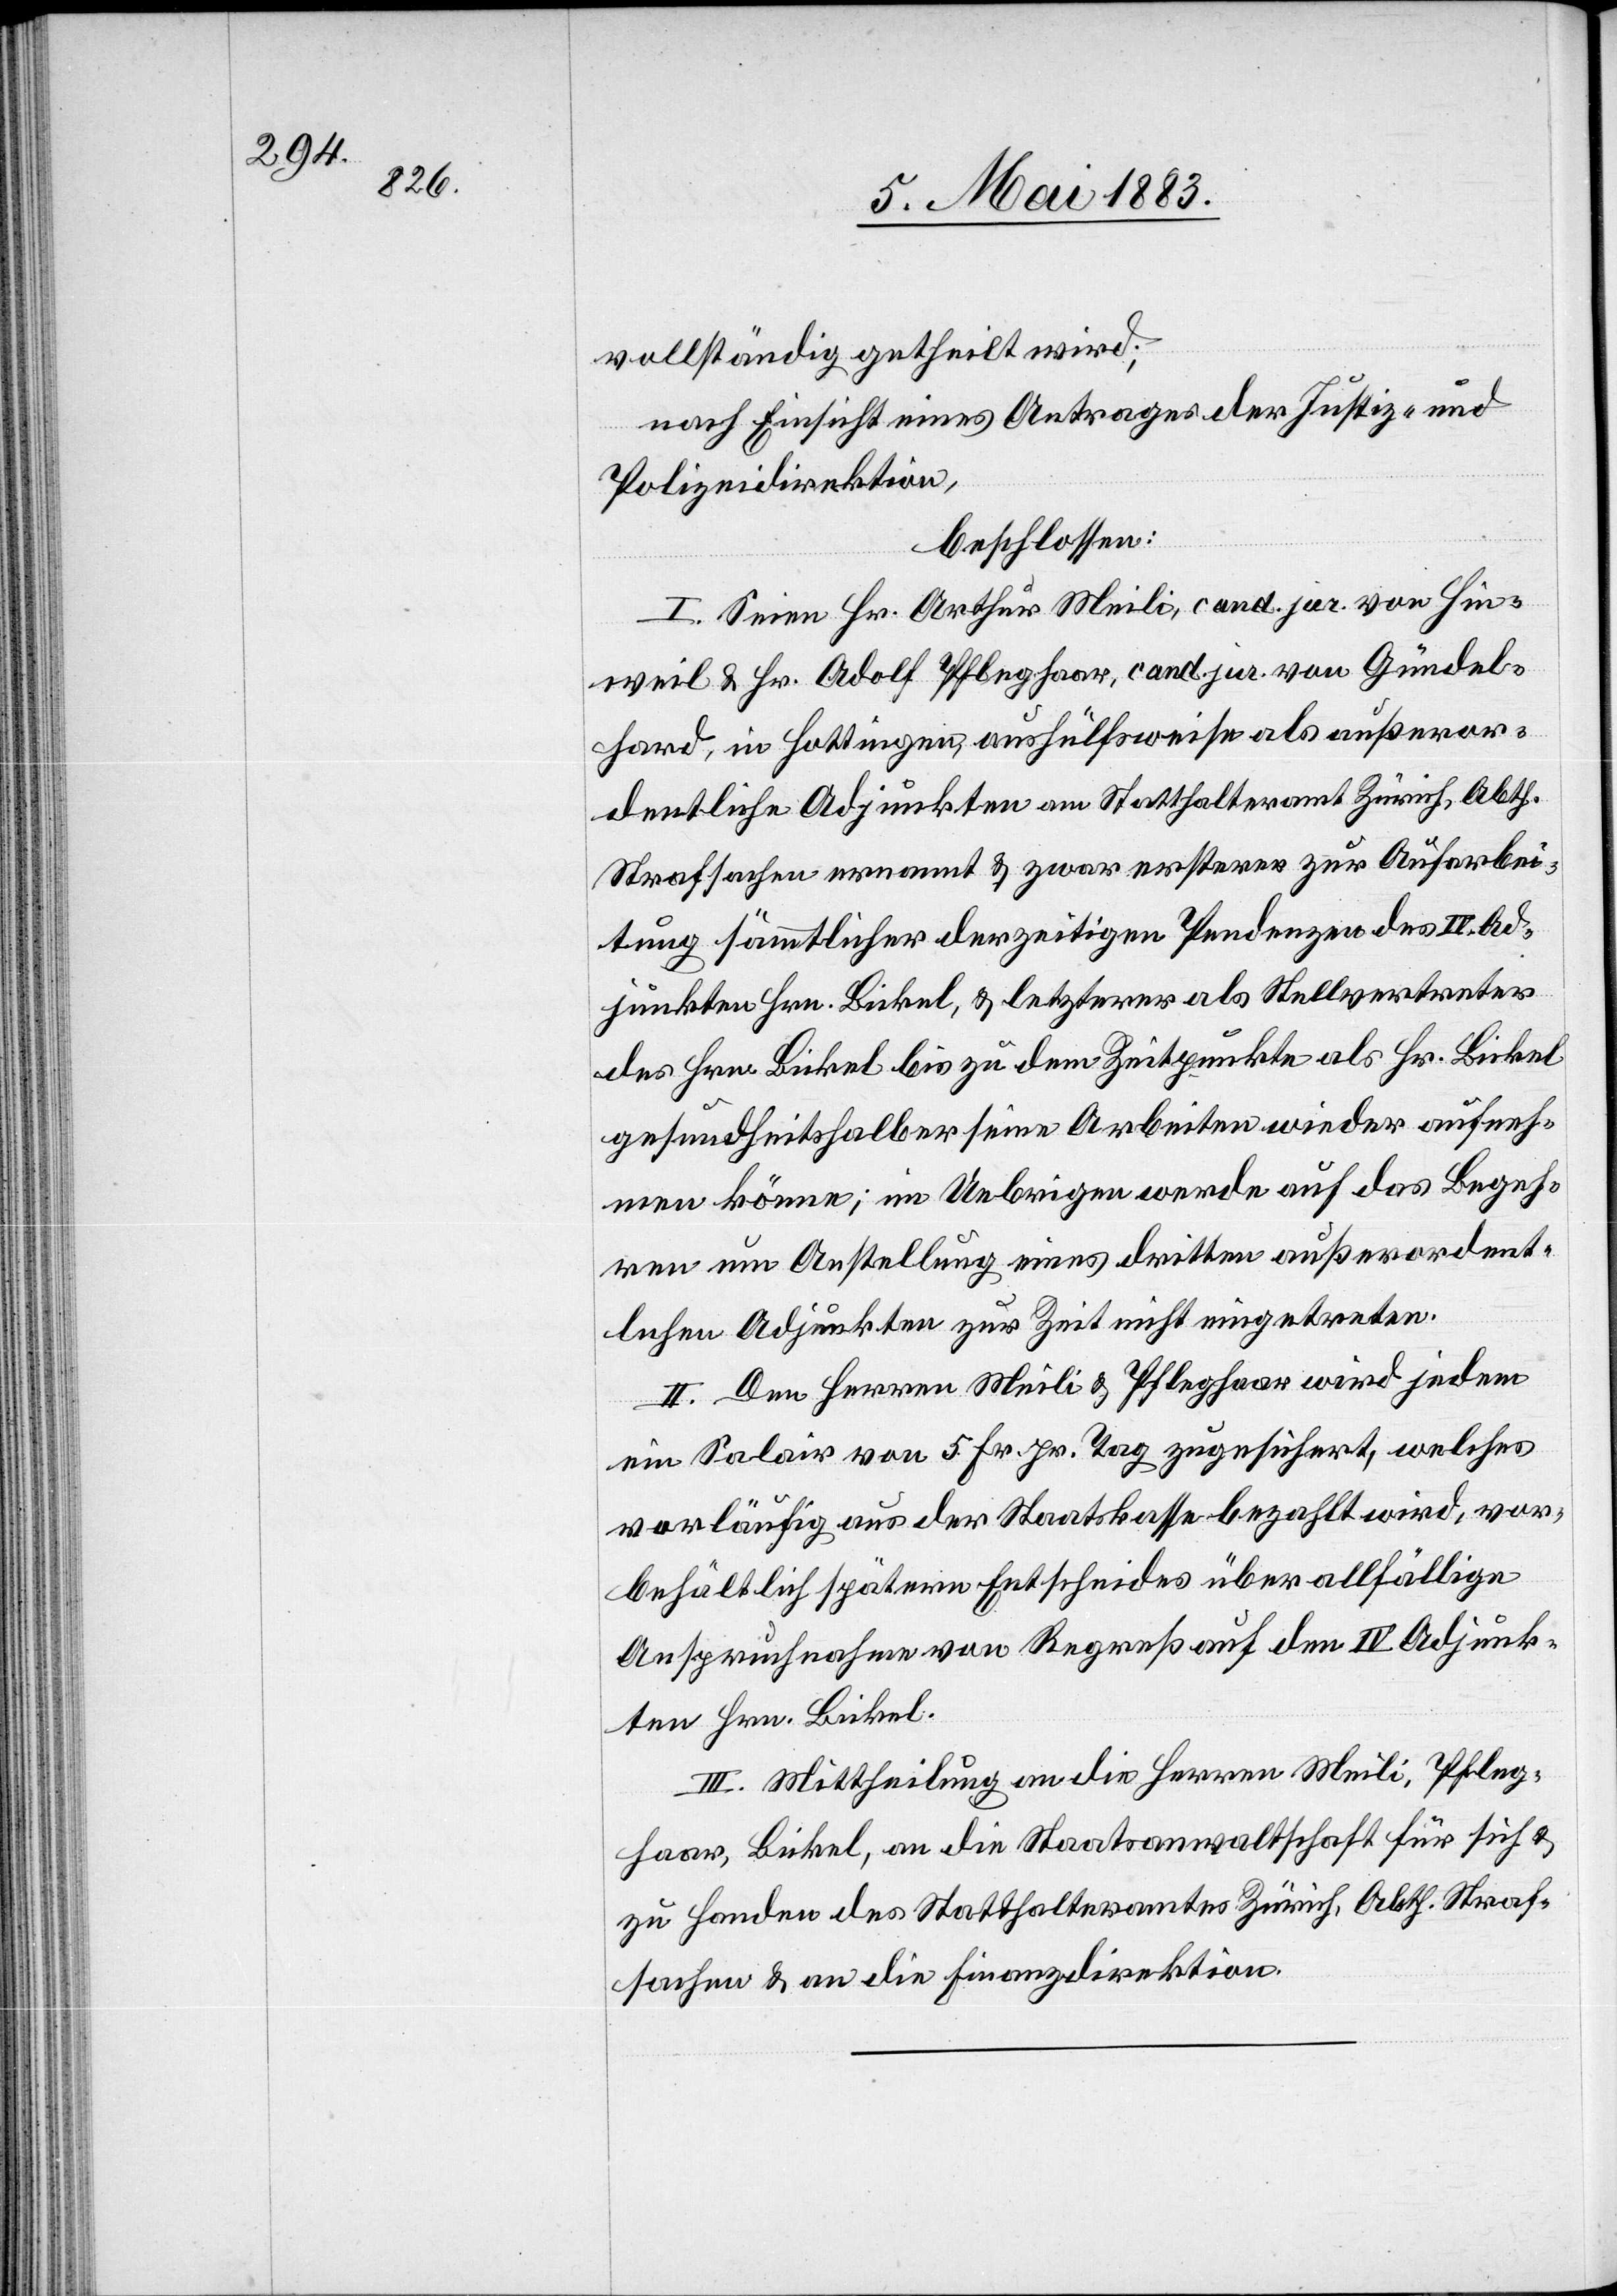
vollständig getheilt wird;
nach Einsicht eines Antrages der Justiz- &
Polizeidirektion,
beschlossen:
I. Seien Hr. Arthur Meili, cand. jur. von Hin¬
weil & Hr. Adolf Pfleghaar, cand. jur. von Gündel¬
hard, in Hottingen, aushülfsweise als außeror¬
dentliche Adjunkten am Statthalteramt Zürich, Abth.
Strafsachen ernannt & zwar ersterer zur Aufarbei¬
tung sämmtlicher derzeitigen Pendenzen des IV. Ad¬
junkten Hrn. Bickel, & letzterer als Stellvertreter
des Hrn. Bickel bis zu dem Zeitpunkte als Hr. Bickel
gesundheitshalber seine Arbeiten wieder aufneh¬
men könne; im Uebrigen werde auf das Begeh¬
ren um Anstellung eines dritten außerordent¬
lichen Adjunkten zur Zeit nicht eingetreten.
II. Den Herren Meili & Pfleghaar wird jedem
ein Salair von 5 Fr. pr. Tag zugesichert, welches
vorläufig aus der Staatskasse bezahlt wird, vor¬
behältlich spätern Entscheides über allfällige
Anspruchnahme von Regreß auf den IV. Adjunk¬
ten Hrn. Bickel.
III. Mittheilung an die Herren Meili, Pfleg¬
haar, Bickel, an die Staatsanwaltschaft für sich &
zu Handen des Statthalteramt Zürich, Abth. Straf¬
sachen & an die Finanzdirektion.